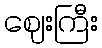
ဈေးကြီး